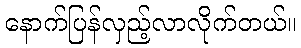
နောက်ပြန်လှည့်လာလိုက်တယ်။